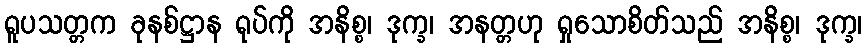
ရူပသတ္တက ခုနစ်ဋ္ဌာန ရုပ်ကို အနိစ္စ၊ ဒုက္ခ၊ အနတ္တဟု ရှုသောစိတ်သည် အနိစ္စ၊ ဒုက္ခ၊